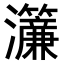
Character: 𤅃